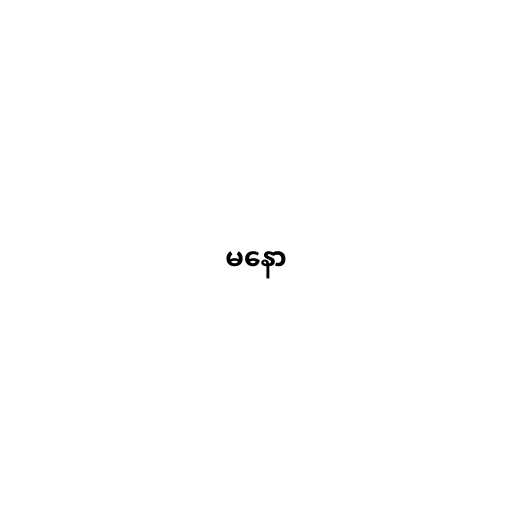
မနော